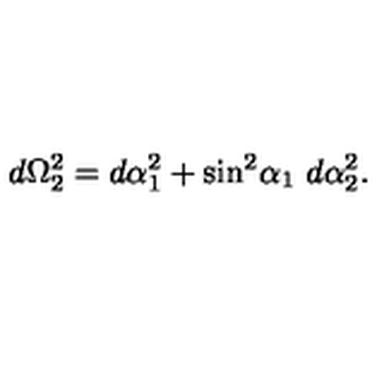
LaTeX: d \Omega _ { 2 } ^ { 2 } = d \alpha _ { 1 } ^ { 2 } + { \sin } ^ { 2 } { \alpha _ { 1 } } \ d \alpha _ { 2 } ^ { 2 } .